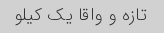
تازه و واقا‌ یک کیلو